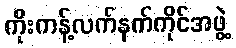
ကိုးကန့်လက်နက်ကိုင်အဖွဲ့